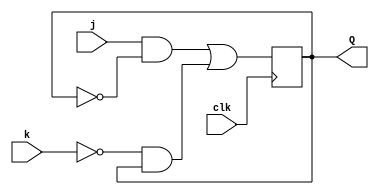
module top_module (
    input clk,
    input j,
    input k,
    output Q); 
    wire w1;
    assign w1=(j&~Q)|(~k&Q);
    always @(posedge clk) Q=w1;

endmodule